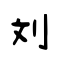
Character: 刘